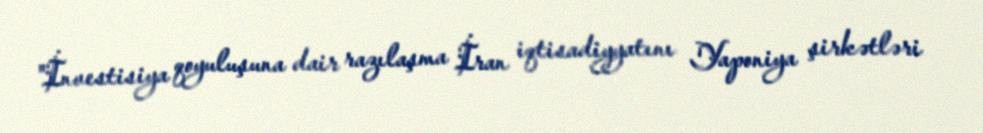
"İnvestisiya qoyuluşuna dair razılaşma İran iqtisadiyyatını Yaponiya şirkətləri